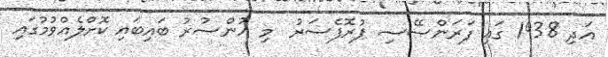
އަދި 1938 ގައި ފަރަންސޭސި ޕުރޮފެސަރު  މި އުންޞުރު ބައިބައި ކޮށްލެއްވުމުގައި